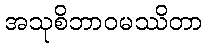
အသုစိဘာဝမဿိတာ